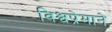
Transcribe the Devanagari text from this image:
विश्वप्रेमाने